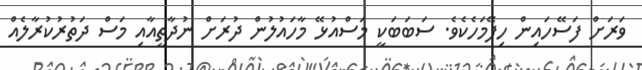
ވަރަށް ފަސޭހައިން ހިފޭމަހެކެވެ. ސަބަބަކީ މަސްއުޅޭ މާހައުލުން ދުރަށް ނުދާތީއާއި މަސް ދަތުރުކުރާލެއް